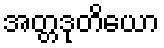
အတ္တဒုတိယော